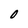
Character: O